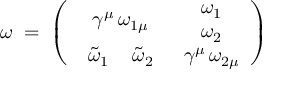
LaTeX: \omega \; = \; \left( \begin{array} { c c } { { \gamma ^ { \mu } \, \omega _ { 1 \mu } } } & { { \begin{array} { c } { { \omega _ { 1 } } } \\ { { \omega _ { 2 } } } \end{array} } } \\ { { \begin{array} { c c } { { \tilde { \omega } _ { 1 } \, } } & { { \tilde { \omega } _ { 2 } } } \end{array} } } & { { \gamma ^ { \mu } \, \omega _ { 2 \mu } } } \end{array} \right)